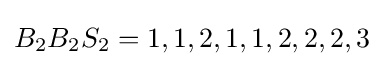
B_{2}B_{2}S_{2}=1,1,2,1,1,2,2,2,3